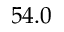
5 4 . 0